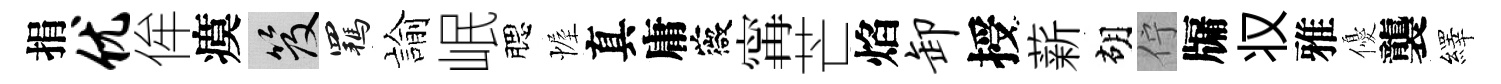
捐优侔瘼笈羈諭岷腮幄真庸薇𡩋芒焰卸授薪胡佇牖𠬧雅優襲繹